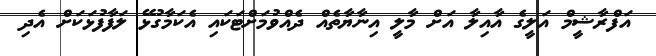
އަފްރާޝީމް އަލީގެ އާއިލާ އަށް މާލީ އިނާޔާތެއް ދެއްވުމަށްޓަކައި އެކަމާގުޅޭ ލަފާފުޅަކަށް އެދި